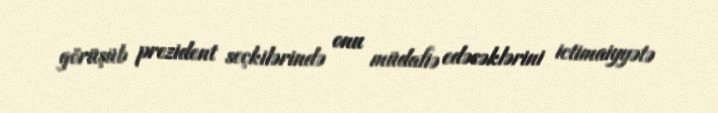
görüşüb prezident seçkilərində onu müdafiə edəcəklərini ictimaiyyətə